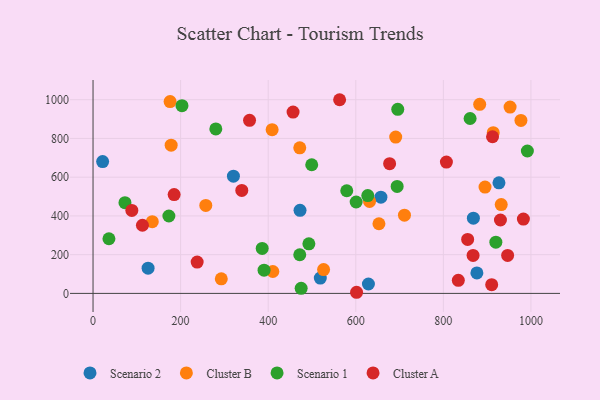
{"axis": {"x": "Distance", "y": "Rating"}, "legend": ["Cluster A", "Cluster B", "Scenario 1", "Scenario 2"], "data": [{"x": "868.6", "y": 388.4, "type": "Scenario 2"}, {"x": "320.6", "y": 605.4, "type": "Scenario 2"}, {"x": "876.6", "y": 105.8, "type": "Scenario 2"}, {"x": "125.7", "y": 130.4, "type": "Scenario 2"}, {"x": "927.0", "y": 570.6, "type": "Scenario 2"}, {"x": "472.7", "y": 428.8, "type": "Scenario 2"}, {"x": "21.9", "y": 680.4, "type": "Scenario 2"}, {"x": "657.4", "y": 496.7, "type": "Scenario 2"}, {"x": "628.9", "y": 48.4, "type": "Scenario 2"}, {"x": "519.0", "y": 79.1, "type": "Scenario 2"}, {"x": "410.6", "y": 113.1, "type": "Cluster B"}, {"x": "952.4", "y": 962.1, "type": "Cluster B"}, {"x": "932.2", "y": 458.4, "type": "Cluster B"}, {"x": "652.9", "y": 359.6, "type": "Cluster B"}, {"x": "257.5", "y": 454.1, "type": "Cluster B"}, {"x": "292.9", "y": 75.4, "type": "Cluster B"}, {"x": "977.2", "y": 893.1, "type": "Cluster B"}, {"x": "135.3", "y": 370.2, "type": "Cluster B"}, {"x": "176.0", "y": 990.3, "type": "Cluster B"}, {"x": "178.4", "y": 765.2, "type": "Cluster B"}, {"x": "472.1", "y": 751.4, "type": "Cluster B"}, {"x": "691.2", "y": 806.9, "type": "Cluster B"}, {"x": "526.5", "y": 123.0, "type": "Cluster B"}, {"x": "409.0", "y": 845.2, "type": "Cluster B"}, {"x": "883.0", "y": 976.0, "type": "Cluster B"}, {"x": "711.2", "y": 403.6, "type": "Cluster B"}, {"x": "631.5", "y": 474.8, "type": "Cluster B"}, {"x": "895.2", "y": 549.0, "type": "Cluster B"}, {"x": "913.9", "y": 829.9, "type": "Cluster B"}, {"x": "386.3", "y": 232.4, "type": "Scenario 1"}, {"x": "600.9", "y": 471.8, "type": "Scenario 1"}, {"x": "36.3", "y": 282.1, "type": "Scenario 1"}, {"x": "492.9", "y": 255.9, "type": "Scenario 1"}, {"x": "695.9", "y": 950.5, "type": "Scenario 1"}, {"x": "499.4", "y": 664.2, "type": "Scenario 1"}, {"x": "991.9", "y": 735.0, "type": "Scenario 1"}, {"x": "72.9", "y": 468.2, "type": "Scenario 1"}, {"x": "861.1", "y": 902.9, "type": "Scenario 1"}, {"x": "579.4", "y": 529.8, "type": "Scenario 1"}, {"x": "173.2", "y": 399.6, "type": "Scenario 1"}, {"x": "919.9", "y": 264.6, "type": "Scenario 1"}, {"x": "694.5", "y": 552.4, "type": "Scenario 1"}, {"x": "475.3", "y": 26.1, "type": "Scenario 1"}, {"x": "390.6", "y": 120.0, "type": "Scenario 1"}, {"x": "280.4", "y": 849.1, "type": "Scenario 1"}, {"x": "627.4", "y": 504.8, "type": "Scenario 1"}, {"x": "203.1", "y": 969.3, "type": "Scenario 1"}, {"x": "472.1", "y": 199.4, "type": "Scenario 1"}, {"x": "563.1", "y": 999.8, "type": "Cluster A"}, {"x": "237.8", "y": 161.6, "type": "Cluster A"}, {"x": "946.8", "y": 195.9, "type": "Cluster A"}, {"x": "88.6", "y": 428.3, "type": "Cluster A"}, {"x": "912.3", "y": 808.6, "type": "Cluster A"}, {"x": "339.7", "y": 531.4, "type": "Cluster A"}, {"x": "867.9", "y": 196.0, "type": "Cluster A"}, {"x": "601.8", "y": 5.8, "type": "Cluster A"}, {"x": "834.2", "y": 67.7, "type": "Cluster A"}, {"x": "982.8", "y": 383.6, "type": "Cluster A"}, {"x": "855.5", "y": 278.6, "type": "Cluster A"}, {"x": "112.8", "y": 351.9, "type": "Cluster A"}, {"x": "910.4", "y": 44.9, "type": "Cluster A"}, {"x": "677.3", "y": 669.9, "type": "Cluster A"}, {"x": "185.2", "y": 510.3, "type": "Cluster A"}, {"x": "930.4", "y": 379.0, "type": "Cluster A"}, {"x": "456.8", "y": 936.1, "type": "Cluster A"}, {"x": "807.0", "y": 678.1, "type": "Cluster A"}, {"x": "357.4", "y": 893.2, "type": "Cluster A"}]}